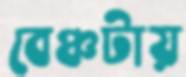
বেঞ্চটায়